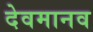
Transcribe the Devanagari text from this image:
देवमानव